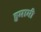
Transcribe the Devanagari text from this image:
हुमामी